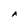
Character: A